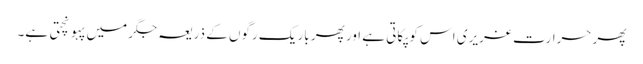
پھر حرارتِ غریری اس کو پکاتی ہے اور پھر باریک رگوں کے ذریعہ جگر میں پہونچتی ہے۔